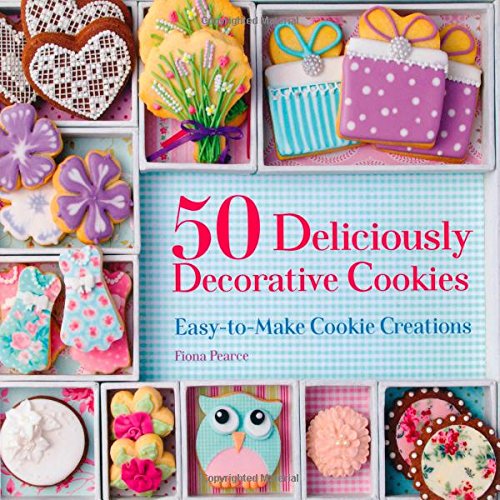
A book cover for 50 Deliciously Decorative Cookies: Easy-to-Make Cookie Creations; Fiona Pearce; Cookbooks, Food & Wine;